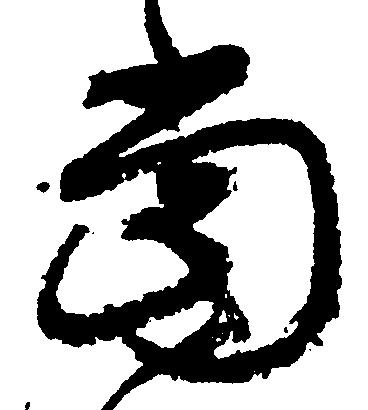
当